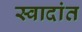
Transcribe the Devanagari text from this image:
स्वादांत